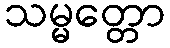
သမ္မတ္တော